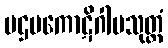
ပဌမကောဋိဂါမသုတ္တံ